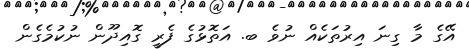
އޭގެ މާ ގިނަ އިރުތަކެއް ނުވެ ބ. އަތޮޅުގެ ފެރީ ގޮއިދޫން ނުކުމެގެން